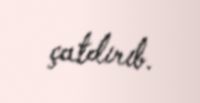
çatdırıb.